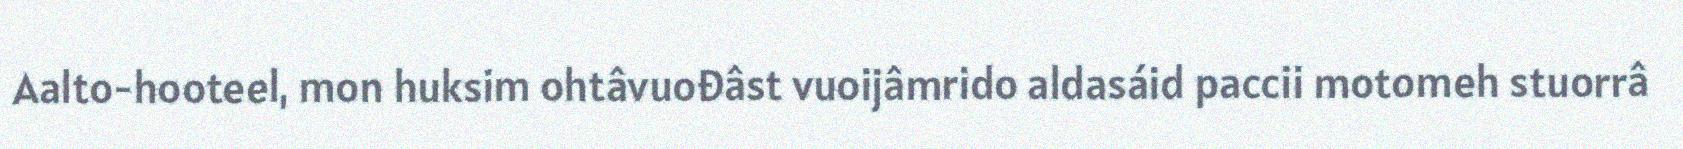
Aalto-hooteel, mon huksim ohtâvuođâst vuoijâmrido aldasáid paccii motomeh stuorrâ